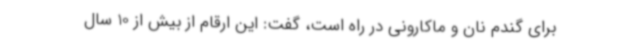
برای گندم نان و ماکارونی در راه است، گفت: این ارقام از بیش از 10 سال